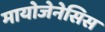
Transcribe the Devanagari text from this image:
मायोजेनेसिस